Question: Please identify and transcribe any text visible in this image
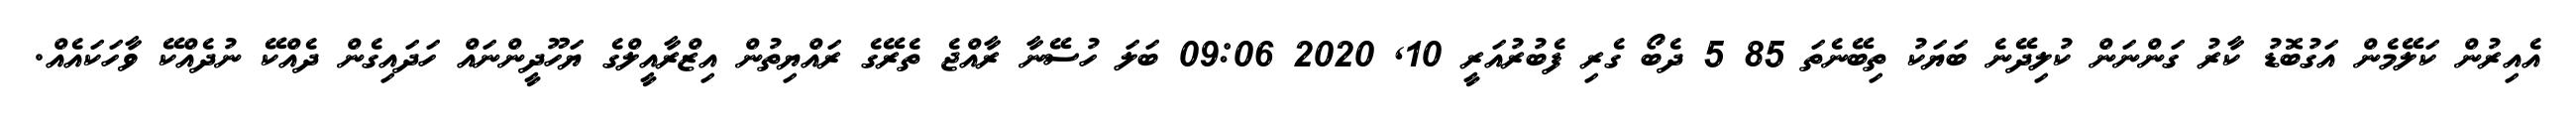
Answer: އެއިރުން ކަލޭމެން އަގުބޮޑު ކާރު ގަންނަން ކުލިދޭނެ ބަޔަކު ތިބޭނެތަ 85 5 ދެބޯ ގެރި ފެބުރުއަރީ 10, 2020 09:06 ބަލަ ހުސޭނާ ރާއްޖެ ތެރޭގެ ރައްޔިތުން އިޒްރާއީލްގެ ޔަހޫދީންނައް ހަދައިގެން ދެއްކޭ ނުދެއްކޭ ވާހަކައެއް.